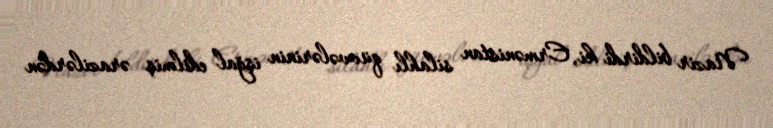
Nazir bildirdi ki, Ermənistan silahlı qüvvələrinin işğal edilmiş ərazilərdən